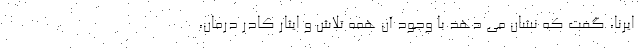
ایرنا، گفت که نشان می دهد با وجود آن همه تلاش و ایثار کادر درمان،